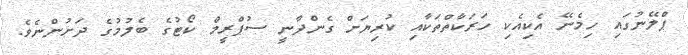
ޕްލޭނުގައި ހިމެނޭ އެކިއެކި ހަރަކާތްތަކާއި ކުރިޔަށް ގެންދާނީ ސުޕްރީމް ކޯޓުގެ ބެލުމުގެ ދަށުންނެވެ.